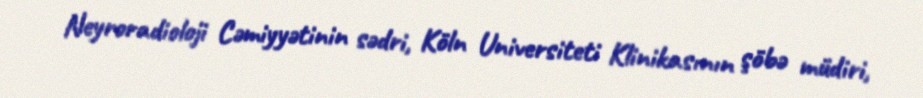
Neyroradioloji Cəmiyyətinin sədri, Köln Universiteti Klinikasının şöbə müdiri,